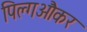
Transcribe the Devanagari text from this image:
पिल्गऔंकर